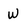
Character: W